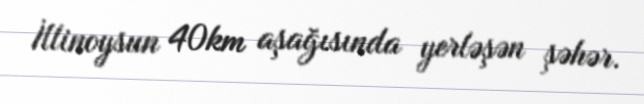
İllinoysun 40km aşağısında yerləşən şəhər.